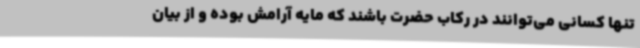
تنها کسانی می‌توانند در رکاب حضرت باشند که مایه آرامش بوده و از بیان